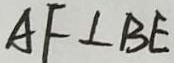
A F \bot B E